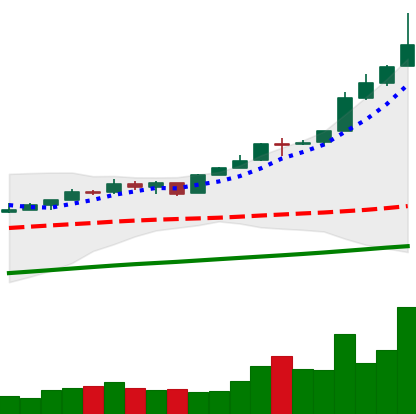
Ticker: BTC-USD
Chart end date: 2017-05-04
Forward return: 14.157%
Label: up_7plus